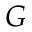
G